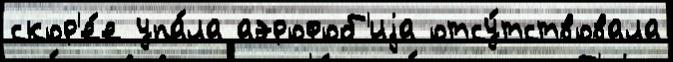
скор'е́е упа́ла аэрофоб'иjа отсу́тствовала